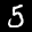
Label: 5